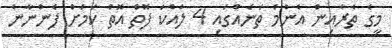
މީގެ ތެރެއިން އެންމެ ތަނެއްގައި 4 ލައްކަ ފޮތް އޮތް ކަމަށް ފެންނާން